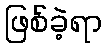
ဖြစ်ခဲ့ရာ